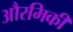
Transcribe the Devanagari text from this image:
औरमिकी